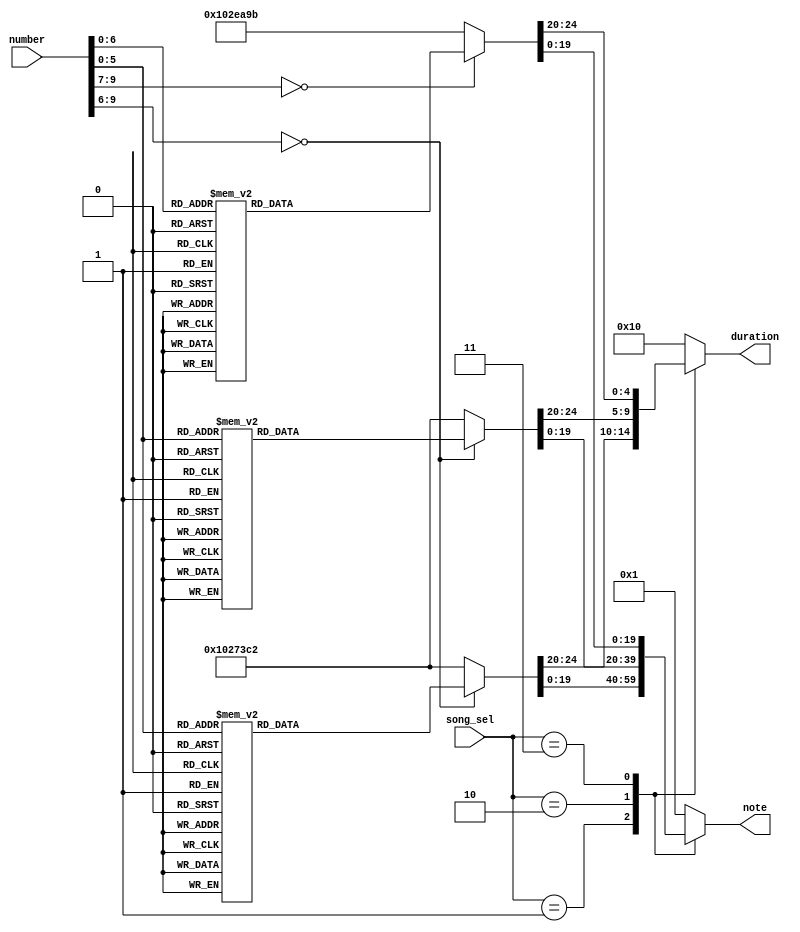
// each song split by frequency and duration, ran in order and is played depending on which input is activated

`timescale 1ns / 1ps
//////////////////////////////////////////////////////////////////////////////////
// Company: 
// Engineer: 
// 
// Design Name: 
// Module Name: MusicSheet
// Project Name: 
// Target Devices: 
// Tool Versions: 
// Description: 
// 
// Dependencies: 
// 
// Revision:
// Revision 0.01 - File Created
// Additional Comments:
// 
//////////////////////////////////////////////////////////////////////////////////

    module MusicSheet( 
input [9:0] number,
input [2:0] song_sel,
output reg [19:0] note, //what is the max frequency  
output reg [4:0] duration
);
    /*
    Quarter has been changed from 5'b00010 to 00100 and Two and Four has been commented out
    because we will never use Two or Four but we will use 1/6
    */
    
    parameter   QUARTER = 5'b00100; 
    parameter HALF = 5'b01000;
    parameter ONE = 2* HALF;
   // parameter TWO = 2* ONE;
    //parameter FOUR = 2* TWO;
    
    //Notes for Sad Machine
    parameter Ef = 160706, E = 151686, C = 95556.6, Bf = 107258, G = 127552, F = 143173, SP = 1;
    
    //Notes for Corridors of Time
    parameter Cs5 = 90192, Gs5 = 60197, Fs5 = 67568, A5 = 56818, B5 = 50619, E5 = 75844;
    
    //Notes for Tetris
    parameter C5=95556.62, D5 = 85131.02, F5=72520.5233;  
    parameter A4b = 60196.72, G5 = 63776.32, C6 = 1046.50, A6 = 28409.09;
    parameter C4=382262.99/2, D4=340524.06/2, E4 = 303372.28/2, F4=286344.24/2, G4 = 255102.04/2;  
    parameter  A4 = 113636.36, B4 = 101238.5525;
     
    always @ (number) begin
        case(song_sel)
            //SHELTER
            1: 
            begin 
                case(number) 
                    //One
                    0: begin note = Ef; duration = QUARTER / 2; end
                    1: begin note = SP; duration = QUARTER / 4; end
                    2: begin note = Ef; duration = QUARTER / 2; end
                    3: begin note = SP; duration = QUARTER / 4; end
                    4: begin note = Ef; duration = QUARTER / 2; end
                    5: begin note = SP; duration = QUARTER / 4; end
                    
                    6: begin note = Bf; duration = QUARTER / 4; end
                    7: begin note = G; duration = QUARTER / 4; end
                    8: begin note = Bf; duration = QUARTER / 2; end 
                    9: begin note = G; duration = QUARTER / 4; end
                    10: begin note = F; duration = QUARTER / 4; end            
                    
                    //Two
                    11: begin note = Ef; duration = QUARTER / 2; end
                    12: begin note = SP; duration = QUARTER / 4; end
                    13: begin note = Ef; duration = QUARTER / 2; end
                    14: begin note = SP; duration = QUARTER / 4; end
                    15: begin note = Ef; duration = QUARTER / 2; end
                    16: begin note = SP; duration = QUARTER / 4; end
                    
                    17: begin note = Bf; duration = QUARTER / 4; end
                    18: begin note = G; duration = QUARTER / 4; end
                    19: begin note = Bf; duration = QUARTER / 2; end 
                    20: begin note = G; duration = QUARTER / 4; end
                    21: begin note = F; duration = QUARTER / 4; end
                    
                    //Three
                    22: begin note = Ef; duration = QUARTER / 2; end
                    23: begin note = SP; duration = QUARTER / 4; end
                    24: begin note = Ef; duration = QUARTER / 2; end
                    25: begin note = SP; duration = QUARTER / 4; end
                    26: begin note = Ef; duration = QUARTER / 2; end
                    27: begin note = SP; duration = QUARTER / 4; end
                    
                    28: begin note = Bf; duration = QUARTER / 4; end
                    29: begin note = G; duration = QUARTER / 4; end
                    30: begin note = Bf; duration = QUARTER / 2; end 
                    31: begin note = G; duration = QUARTER / 4; end
                    32: begin note = F; duration = QUARTER / 4; end
                    
                    //Four
                    33: begin note = Ef; duration = QUARTER / 2; end
                    34: begin note = SP; duration = QUARTER / 4; end
                    35: begin note = Ef; duration = QUARTER / 2; end
                    36: begin note = SP; duration = QUARTER / 4; end
                    37: begin note = Ef; duration = QUARTER / 2; end
                    38: begin note = SP; duration = QUARTER / 4; end
                    
                    39: begin note = Bf; duration = QUARTER / 4; end
                    40: begin note = C; duration = QUARTER / 4; end
                    41: begin note = G; duration = QUARTER / 4; end 
                    42: begin note = SP; duration = QUARTER / 4; end
                    43: begin note = G; duration = QUARTER / 4; end
                    44: begin note = F; duration = QUARTER / 4; end
                    default: begin note = Ef; duration = ONE; end
                endcase
            end
            
            //Corridors of Time
            2:
            begin
                case(number)
                    0: begin note = Cs5; duration = QUARTER / 2; end
                    //Measure 1
                    1: begin note = Gs5; duration = QUARTER / 2; end
                    2: begin note = SP; duration = QUARTER / 4; end
                    3: begin note = Gs5; duration = QUARTER / 2; end
                    4: begin note = SP; duration = QUARTER / 4; end
                    5: begin note = Fs5; duration = QUARTER / 2; end
                    6: begin note = SP; duration = QUARTER / 4; end
                    7: begin note = Fs5; duration = QUARTER; end
                    //Measure 2
                    8: begin note = SP; duration = HALF; end
                    9: begin note = Fs5; duration = QUARTER / 4; end
                    10: begin note = Gs5; duration = QUARTER / 4; end
                    11: begin note = A5; duration = QUARTER / 2; end
                    12: begin note = B5; duration = QUARTER / 2; end
                    13: begin note = A5; duration = QUARTER / 4; end
                    14: begin note = Gs5; duration = QUARTER / 4; end
                    //Measure 3
                    15: begin note = Fs5; duration = QUARTER; end
                    16: begin note = SP; duration = QUARTER / 2; end
                    17: begin note = Fs5; duration = QUARTER; end
                    18: begin note = SP; duration = QUARTER / 2; end
                    19: begin note = E5; duration = QUARTER / 2; end
                    20: begin note = SP; duration = QUARTER / 4; end
                    21: begin note = E5; duration = QUARTER; end
                    //Measure 4
                    22: begin note = SP; duration = ONE; end
                    23: begin note = Cs5; duration = QUARTER / 2; end
                    //Measure 5
                    24: begin note = Gs5; duration = QUARTER / 2; end
                    25: begin note = SP; duration = QUARTER / 4; end
                    26: begin note = Gs5; duration = QUARTER / 2; end
                    27: begin note = SP; duration = QUARTER / 4; end
                    28: begin note = Fs5; duration = QUARTER / 2; end
                    29: begin note = SP; duration = QUARTER / 4; end
                    30: begin note = Fs5; duration = QUARTER; end
                    31: begin note = SP; duration = QUARTER / 4; end
                    //Measure 6
                    32: begin note = Fs5; duration = QUARTER / 2; end
                    33: begin note = Gs5; duration = QUARTER / 2; end
                    34: begin note = A5; duration = QUARTER / 2; end
                    
                    default: begin note = Ef; duration = ONE; end
                endcase
            end
                
            //Tetris
            3:
            begin
                case(number)
                    0: begin note = E5; duration = QUARTER / 2; end
                    1: begin note = B4; duration = QUARTER / 4; end
                    2: begin note = C5; duration = QUARTER / 4; end
                    3: begin note = D5; duration = QUARTER / 2; end
                    4: begin note = C5; duration = QUARTER / 4; end
                    5: begin note = B4; duration = QUARTER / 4; end
                    6: begin note = A4; duration = QUARTER / 2; end
                    7: begin note = SP; duration = QUARTER/4; end
                    8: begin note = A4; duration = QUARTER / 4; end
                    9: begin note = C5; duration = QUARTER / 2; end
                    10: begin note = E5; duration = QUARTER / 2; end
                    11: begin note = D5; duration = QUARTER / 4; end      
                    12: begin note = C5; duration = QUARTER / 4; end
                    13: begin note = B4; duration = QUARTER / 2; end
                    14: begin note = SP; duration = QUARTER / 4; end
                    15: begin note = B4; duration = QUARTER / 4; end
                    16: begin note = C5; duration = QUARTER / 4; end
                    17: begin note = D5; duration = QUARTER / 2; end
                    18: begin note = E5; duration = QUARTER / 2; end
                    19: begin note = C5; duration = QUARTER / 2; end
                    20: begin note = A4; duration = QUARTER / 2; end
                    21: begin note = SP; duration = QUARTER/4; end
                    22: begin note = A4; duration = QUARTER; end
                    23: begin note = SP; duration = QUARTER / 2; end
                    24: begin note = D5; duration = QUARTER / 2; end
                    25: begin note = F5; duration = QUARTER / 2; end
                    26: begin note = A5; duration = QUARTER / 2; end
                    27: begin note = G5; duration = QUARTER / 4; end
                    28: begin note = F5; duration = QUARTER / 4; end   
                    29: begin note = E5; duration = QUARTER; end
                    30: begin note = C5; duration = QUARTER / 4; end
                    31: begin note = E5; duration = QUARTER / 2; end
                    32: begin note = D5; duration = QUARTER / 4; end
                    33: begin note = C5; duration = QUARTER / 4; end
                    34: begin note = B4; duration = QUARTER / 2; end
                    35: begin note = SP; duration = QUARTER / 4; end
                    36: begin note = B4; duration = QUARTER / 4; end
                    37: begin note = C5; duration = QUARTER / 4; end      
                    38: begin note = D5; duration = QUARTER / 2; end
                    39: begin note = E5; duration = QUARTER / 2; end
                    40: begin note = C5; duration = QUARTER / 2; end
                    41: begin note = A4; duration = QUARTER / 2; end
                    42: begin note = SP; duration = QUARTER / 4; end
                    43: begin note = A4; duration = QUARTER; end
                    44: begin note = E5; duration = QUARTER / 2; end
                    45: begin note = B4; duration = QUARTER / 4; end
                    46: begin note = C5; duration = QUARTER / 4; end
                    47: begin note = D5; duration = QUARTER / 2; end
                    48: begin note = C5; duration = QUARTER / 4; end
                    49: begin note = B4; duration = QUARTER / 4; end
                    50: begin note = A4; duration = QUARTER / 2; end
                    51: begin note = SP; duration = QUARTER / 4; end
                    52: begin note = A4; duration = QUARTER / 4; end
                    53: begin note = C5; duration = QUARTER / 4; end
                    54: begin note = E5; duration = QUARTER / 2; end
                    55: begin note = D5; duration = QUARTER / 4; end
                    56: begin note = C5; duration = QUARTER / 4; end
                    57: begin note = B4; duration = QUARTER / 2; end
                    58: begin note = SP; duration = QUARTER / 4; end
                    59: begin note = B4; duration = QUARTER / 4; end
                    60: begin note = C5; duration = QUARTER / 4; end
                    61: begin note = D5; duration = QUARTER / 2; end
                    62: begin note = E5; duration = QUARTER / 2; end
                    63: begin note = C5; duration = QUARTER / 2; end
                    64: begin note = A4; duration = QUARTER / 2; end
                    65: begin note = SP; duration = QUARTER / 4; end
                    66: begin note = A4; duration = QUARTER; end
                    67: begin note = D5; duration = QUARTER / 2; end
                    68: begin note = F5; duration = QUARTER / 2; end
                    69: begin note = A5; duration = QUARTER / 2; end
                    70: begin note = G5; duration = QUARTER / 4; end
                    71: begin note = F5; duration = QUARTER / 4; end
                    72: begin note = E5; duration = QUARTER / 2; end
                    73: begin note = C5; duration = QUARTER / 4; end
                    74: begin note = E5; duration = QUARTER / 2; end
                    75: begin note = A4; duration = QUARTER / 4; end
                    76: begin note = C5; duration = QUARTER / 4; end
                    77: begin note = B4; duration = QUARTER / 2; end
                    78: begin note = SP; duration = QUARTER / 4; end
                    79: begin note = B4; duration = QUARTER / 4; end
                    80: begin note = C5; duration = QUARTER / 4; end
                    81: begin note = A4; duration = QUARTER / 2; end
                    82: begin note = E5; duration = QUARTER / 2; end
                    83: begin note = C5; duration = QUARTER / 2; end
                    84: begin note = A4; duration = QUARTER / 2; end
                    85: begin note = SP; duration = QUARTER / 4; end
                    86: begin note = A4; duration = QUARTER; end
                    87: begin note = E5; duration = QUARTER; end
                    88: begin note = C5; duration = QUARTER; end
                    89: begin note = D5; duration = QUARTER; end
                    90: begin note = B4; duration = QUARTER; end
                    91: begin note = C5; duration = QUARTER; end
                    92: begin note = A4; duration = QUARTER; end
                    93: begin note = A4b; duration = QUARTER; end
                    94: begin note = B4; duration = QUARTER; end
                    95: begin note = E5; duration = QUARTER; end
                    96: begin note = C5; duration = QUARTER; end
                    97: begin note = D5; duration = QUARTER; end
                    98: begin note = B4; duration = QUARTER; end
                    99: begin note = C5; duration = QUARTER / 2; end
                    100: begin note = E5; duration = QUARTER / 2; end
                    101: begin note = A5; duration = QUARTER / 2; end
                    102: begin note = A4b; duration = HALF; end
                    
                    default: begin note = C4; duration = ONE; end
                endcase
            end
    
        default: begin note = SP; duration = ONE; end
        endcase
    end
endmodule